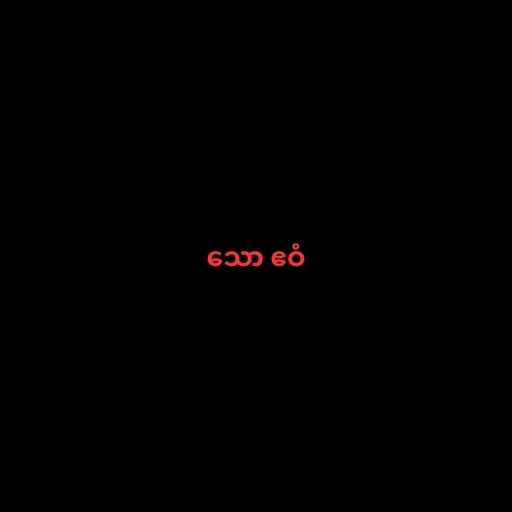
သော ဧဝံ